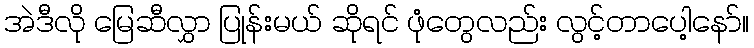
အဲဒီလို မြေဆီလွှာ ပြုန်းမယ် ဆိုရင် ဖုံတွေလည်း လွင့်တာပေါ့နော်။